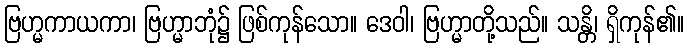
ဗြဟ္မကာယကာ၊ ဗြဟ္မာဘုံ၌ ဖြစ်ကုန်သော။ ဒေဝါ၊ ဗြဟ္မာတို့သည်။ သန္တိ၊ ရှိကုန်၏။